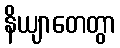
နိယျာတေတွာ